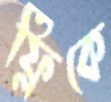
ফ্লিকে